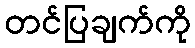
တင်ပြချက်ကို